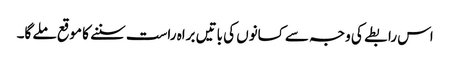
اس رابطے کی وجہ سے کسانوں کی باتیں براہ راست سننے کا موقع ملے گا۔